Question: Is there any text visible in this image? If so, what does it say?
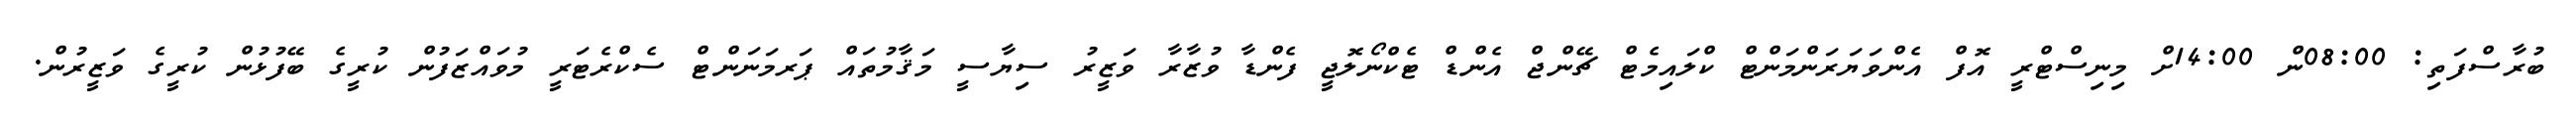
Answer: ބުރާސްފަތި: 08:00ން 14:00ށް މިނިސްޓްރީ އޮފް އެންވަޔަރަންމަންޓް ކްލައިމެޓް ޗޭންޖް އެންޑް ޓެކްނޯލޮޖީ ފެންޑާ ވުޒާރާ ވަޒީރު ސިޔާސީ މަޤާމުތައް ޕަރމަނަންޓް ސެކްރެޓަރީ މުވައްޒަފުން ކުރީގެ ބޭފުޅުން ކުރީގެ ވަޒީރުން.